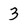
Character: 3